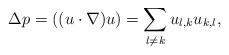
LaTeX: \begin{align*} \Delta p = ((u\cdot \nabla) u)= \sum_{l\not=k} u_{l,k}u_{k,l}, \end{align*}